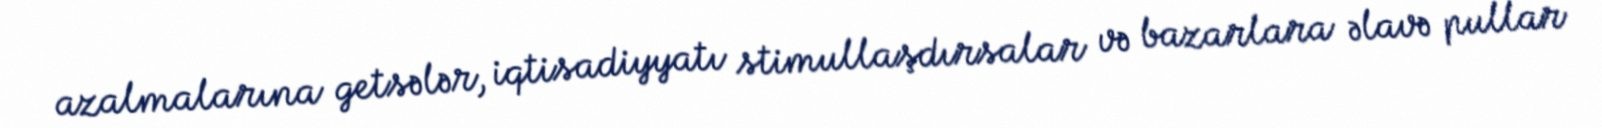
azalmalarına getsələr, iqtisadiyyatı stimullaşdırsalar və bazarlara əlavə pullar